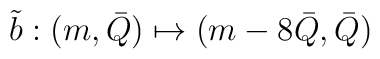
\tilde b : (m, \bar Q) \mapsto  (m - 8\bar Q, \bar Q)